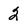
Character: 2